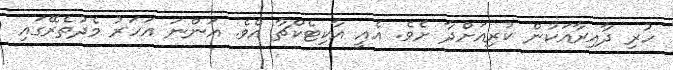
ހުރި ދާއިރާއަކުން ކުރިއަށްދާ ށެވެ. އެއީ އާކިޓެކްޗާ އެވެ. އަންނަ އަހަރު މެދުތެރޭގައި